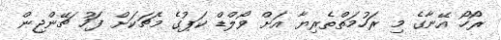
ރޯހޯ އޭނާގެ މި ރަހުމަތްތެރިޔާ އަށް ވޯލްޑް ކަޕުގެ މެޗަކަށް ފަހު ޗޭންޖިން